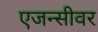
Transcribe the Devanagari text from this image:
एजन्सीवर